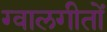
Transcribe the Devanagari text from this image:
ग्वालगीतों